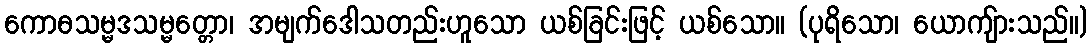
ကောဓသမ္မဒသမ္မတ္တော၊ အမျက်ဒေါသတည်းဟူသော ယစ်ခြင်းဖြင့် ယစ်သော။ (ပုရိသော၊ ယောကျ်ားသည်။)